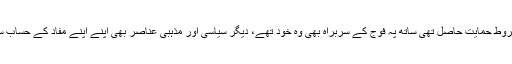
پھر بھی انہیں ایم کیو ایم اور قاف لیگ کی کھُلی اور غیر مشروط حمایت حاصل تھی ساتھ پہ فوج کے سربراہ بھی وہ خود تھے، دیگر سیاسی اور مذہبی عناصر بھی اپنے اپنے مفاد کے حساب سے ان کے دست نگر تھے، یوں وہ این آر او، نافذ ہو گیا تھا۔